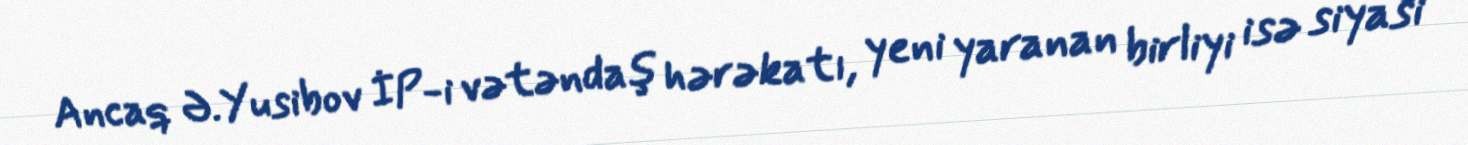
Ancaq Ə.Yusibov İP-i vətəndaş hərəkatı, yeni yaranan birliyi isə siyasi